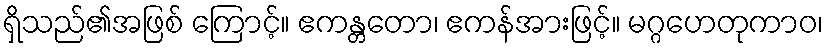
ရှိသည်၏အဖြစ် ကြောင့်။ ဧကန္တတော၊ ဧကန်အားဖြင့်။ မဂ္ဂဟေတုကာဝ၊